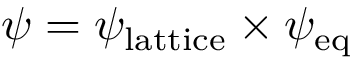
\psi = \psi _ { \mathrm { l a t t i c e } } \times \psi _ { \mathrm { e q } }